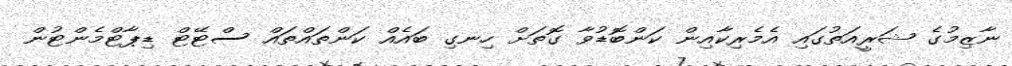
ނާޒިމުގެ ޝަރީއަތުގައި އެމެރިކާއިން ކަންބޮޑުވާ ގޮތަށް ހިނގި ބައެއް ކަންތައްތައް ސްޓޭޓް ޑިޕާޓްމެންޓުން